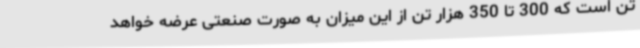
تن است که 300 تا 350 هزار تن از این میزان به صورت صنعتی عرضه خواهد